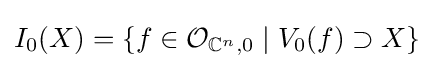
I_{0}(X)=\left\{f\in {\mathcal {O}}_{\mathbb {C} ^{n},0}\mid V_{0}(f)\supset X\right\}